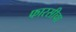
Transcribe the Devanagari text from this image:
फारसीचा